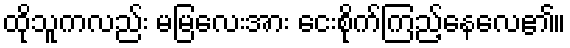
ထိုသူကလည်း မမြလေးအား ငေးစိုက်ကြည့်နေလေ၏။